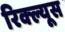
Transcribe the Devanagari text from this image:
रिक्ल्यूस